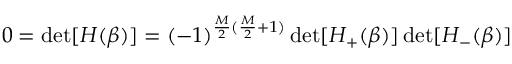
0 = \operatorname* { d e t } [ H ( \beta ) ] = ( - 1 ) ^ { \frac { M } { 2 } ( \frac { M } { 2 } + 1 ) } \operatorname* { d e t } [ H _ { + } ( \beta ) ] \operatorname* { d e t } [ H _ { - } ( \beta ) ]